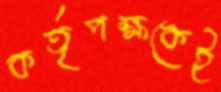
কর্তৃপক্ষকেই